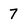
Character: 7